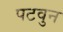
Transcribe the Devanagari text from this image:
पटवुन